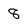
Character: 8